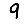
Digit: 9